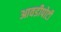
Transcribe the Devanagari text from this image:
आवडीपोटी